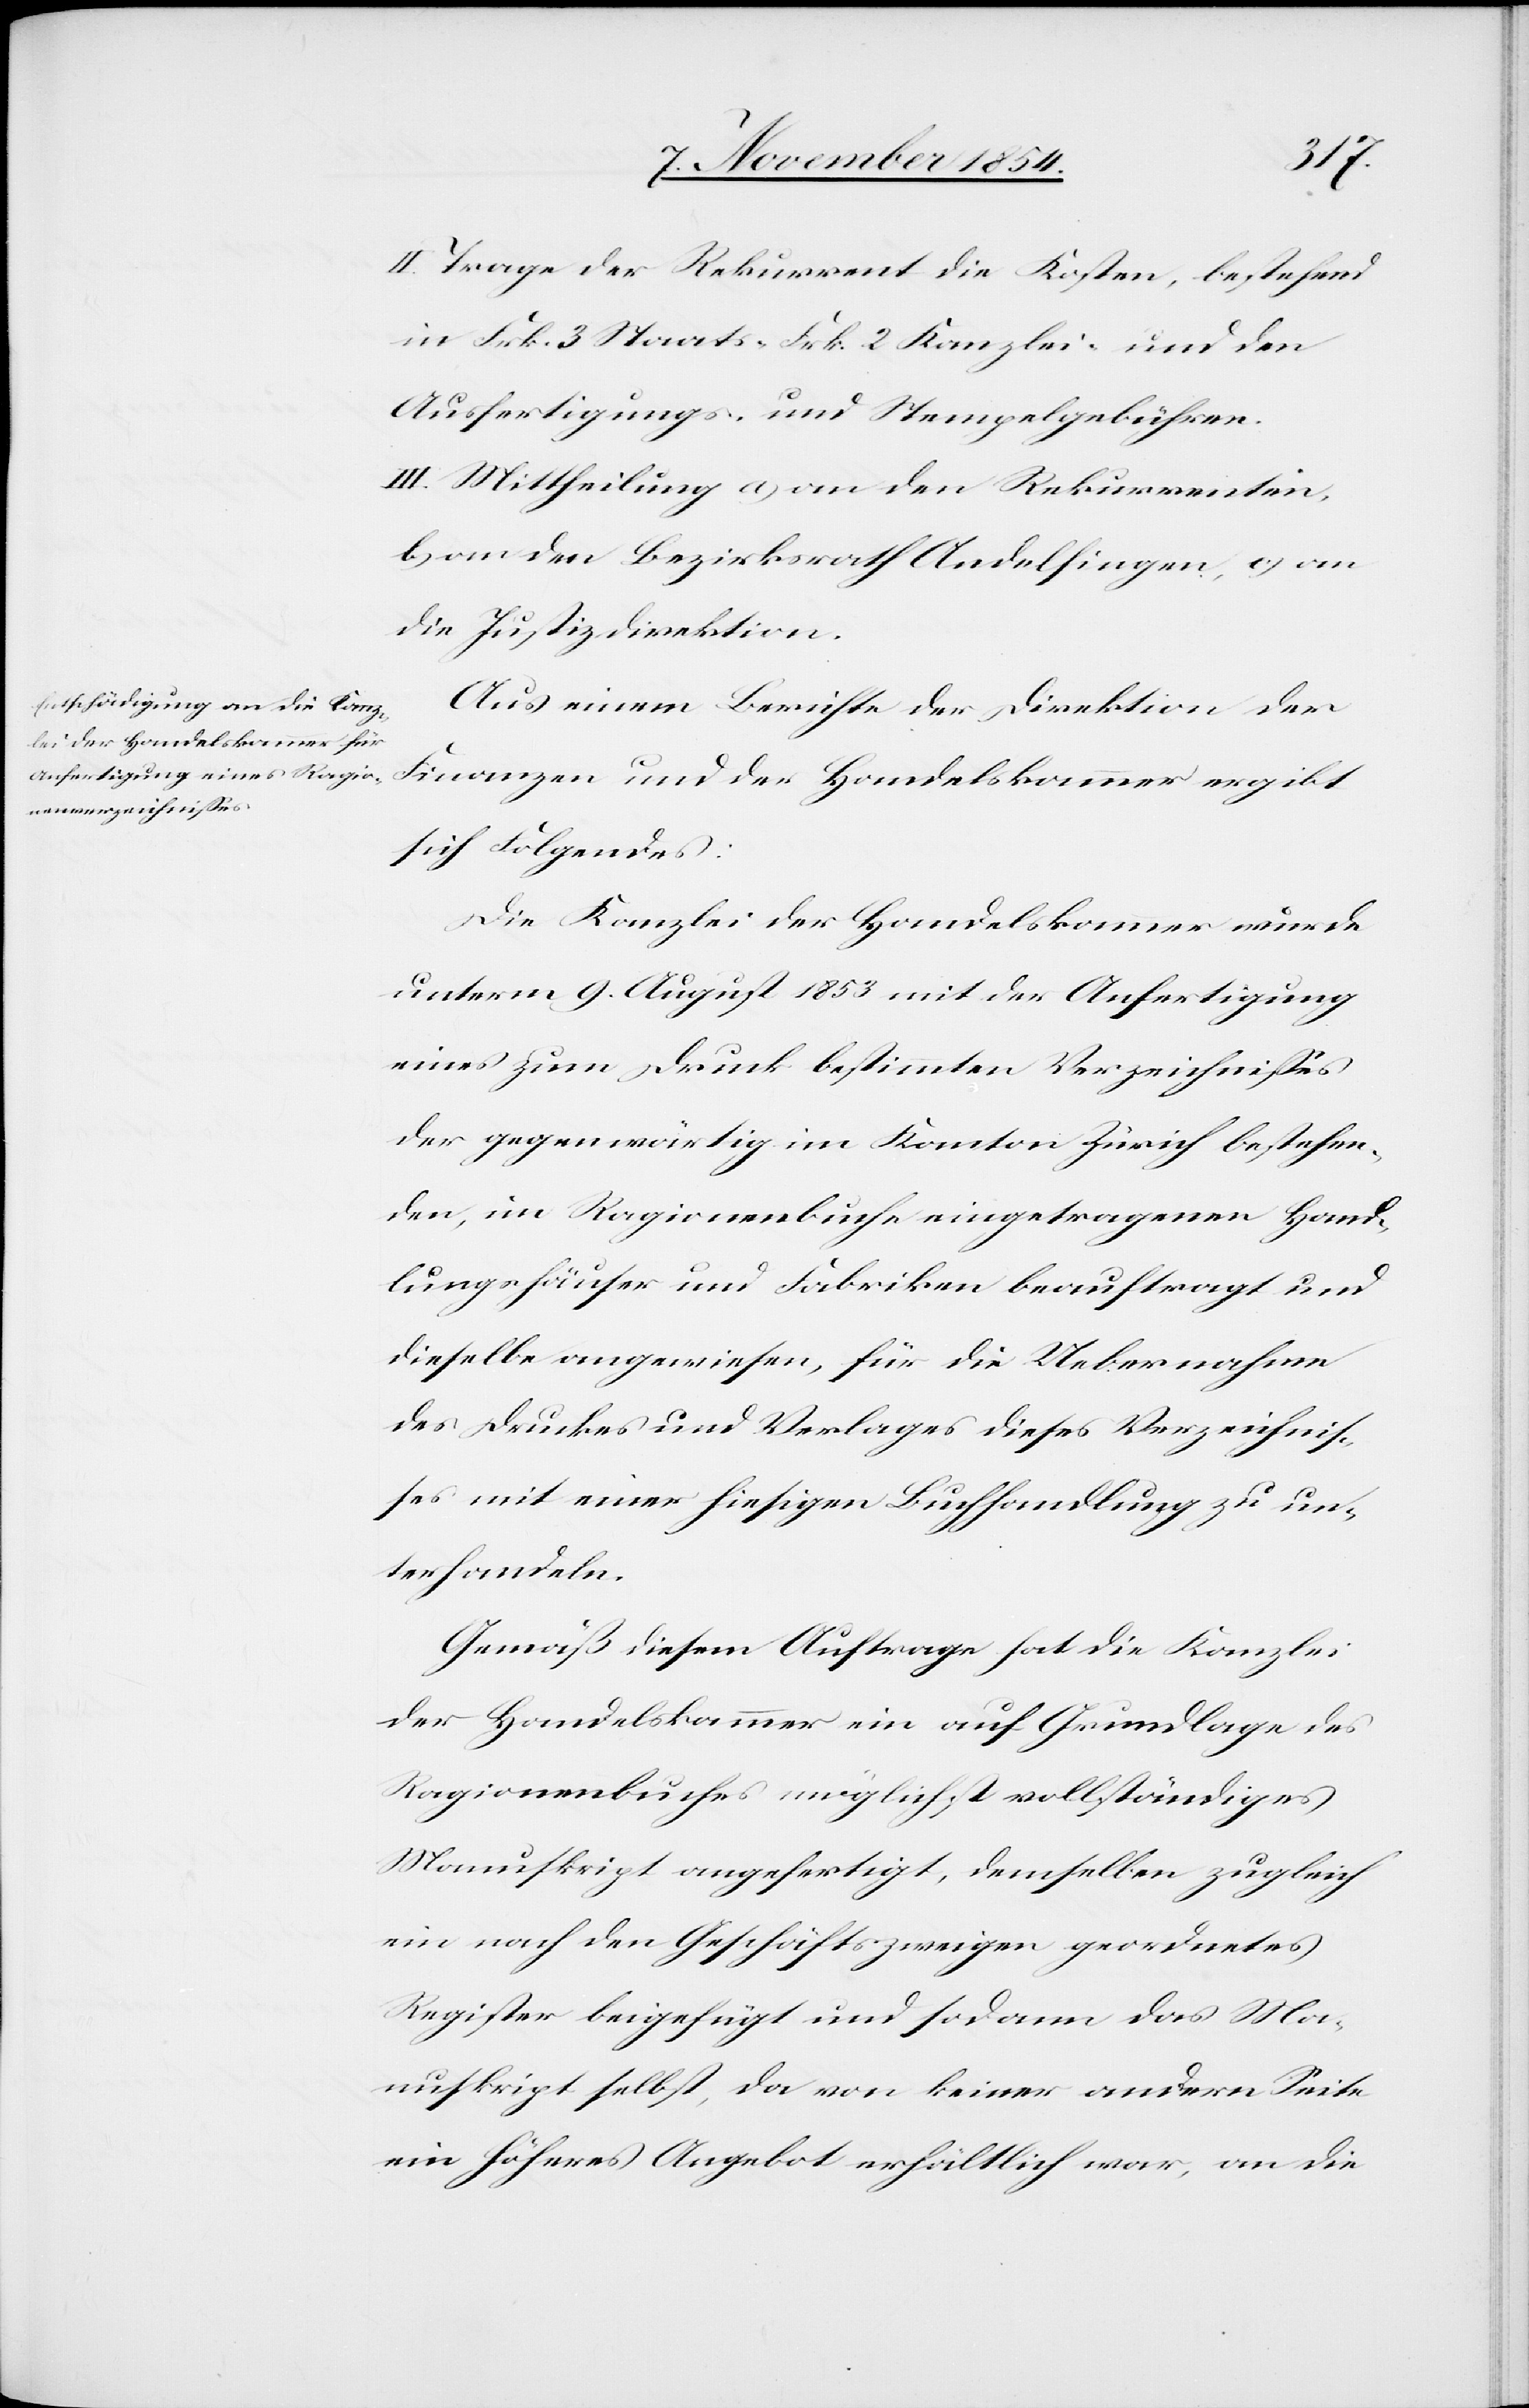
II. Trage der Rekurrent die Kosten, bestehend
in Frk. 3 Staats-[,] Frk. 2 Kanzlei und den
Ausfertigungs- und Stempelgebühren.
III. Mittheilung a) an den Rekurrenten,
b) an den Bezirksrath Andelfingen, c) an
die Justizdirektion.
Aus einem Berichte der Direktion der
Finanzen und der Handelskammer ergibt
sich Folgendes:
Die Kanzlei der Handelskammer wurde
unterm 9. August 1853 mit der Anfertigung
eines zum Druck bestimmten Verzeichnißes
der gegenwärtig im Kanton Zürich bestehen¬
den, im Ragionenbuche eingetragenen Hand¬
lungshäuser und Fabriken beauftragt und
dieselbe angewiesen, für die Uebernahme
des Druckes und Verlages dieses Verzeichniß¬
es mit einer hiesigen Buchhandlung zu un¬
terhandeln.
Gemäß diesem Auftrage hat die Kanzlei
der Handelskammer ein auf Grundlage des
Ragionenbuches möglichst vollständiges
Manuskript angefertigt, demselben zugleich
ein nach den Geschäftszweigen geordnetes
Register beigefügt und sodann das Ma¬
nuskript selbst, da von keiner andern Seite
ein höheres Angebot erhältlich war, an die